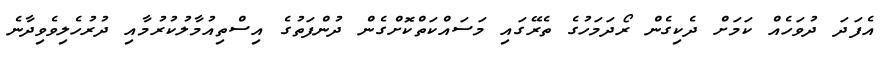
އެފަދަ ދުވަހެއް ކަމަށް ދެކިގެން ރޯދަމަހުގެ ތެރޭގައި މަސައްކަތްކޮށްގެން ދުންފަތުގެ އިސްތިއުމާލުކުރުމާއި ދުރުހެލިވެވިދާނެ